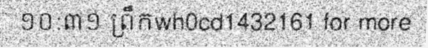
១០:៣១ ព្រឹកwh0cd1432161 for more